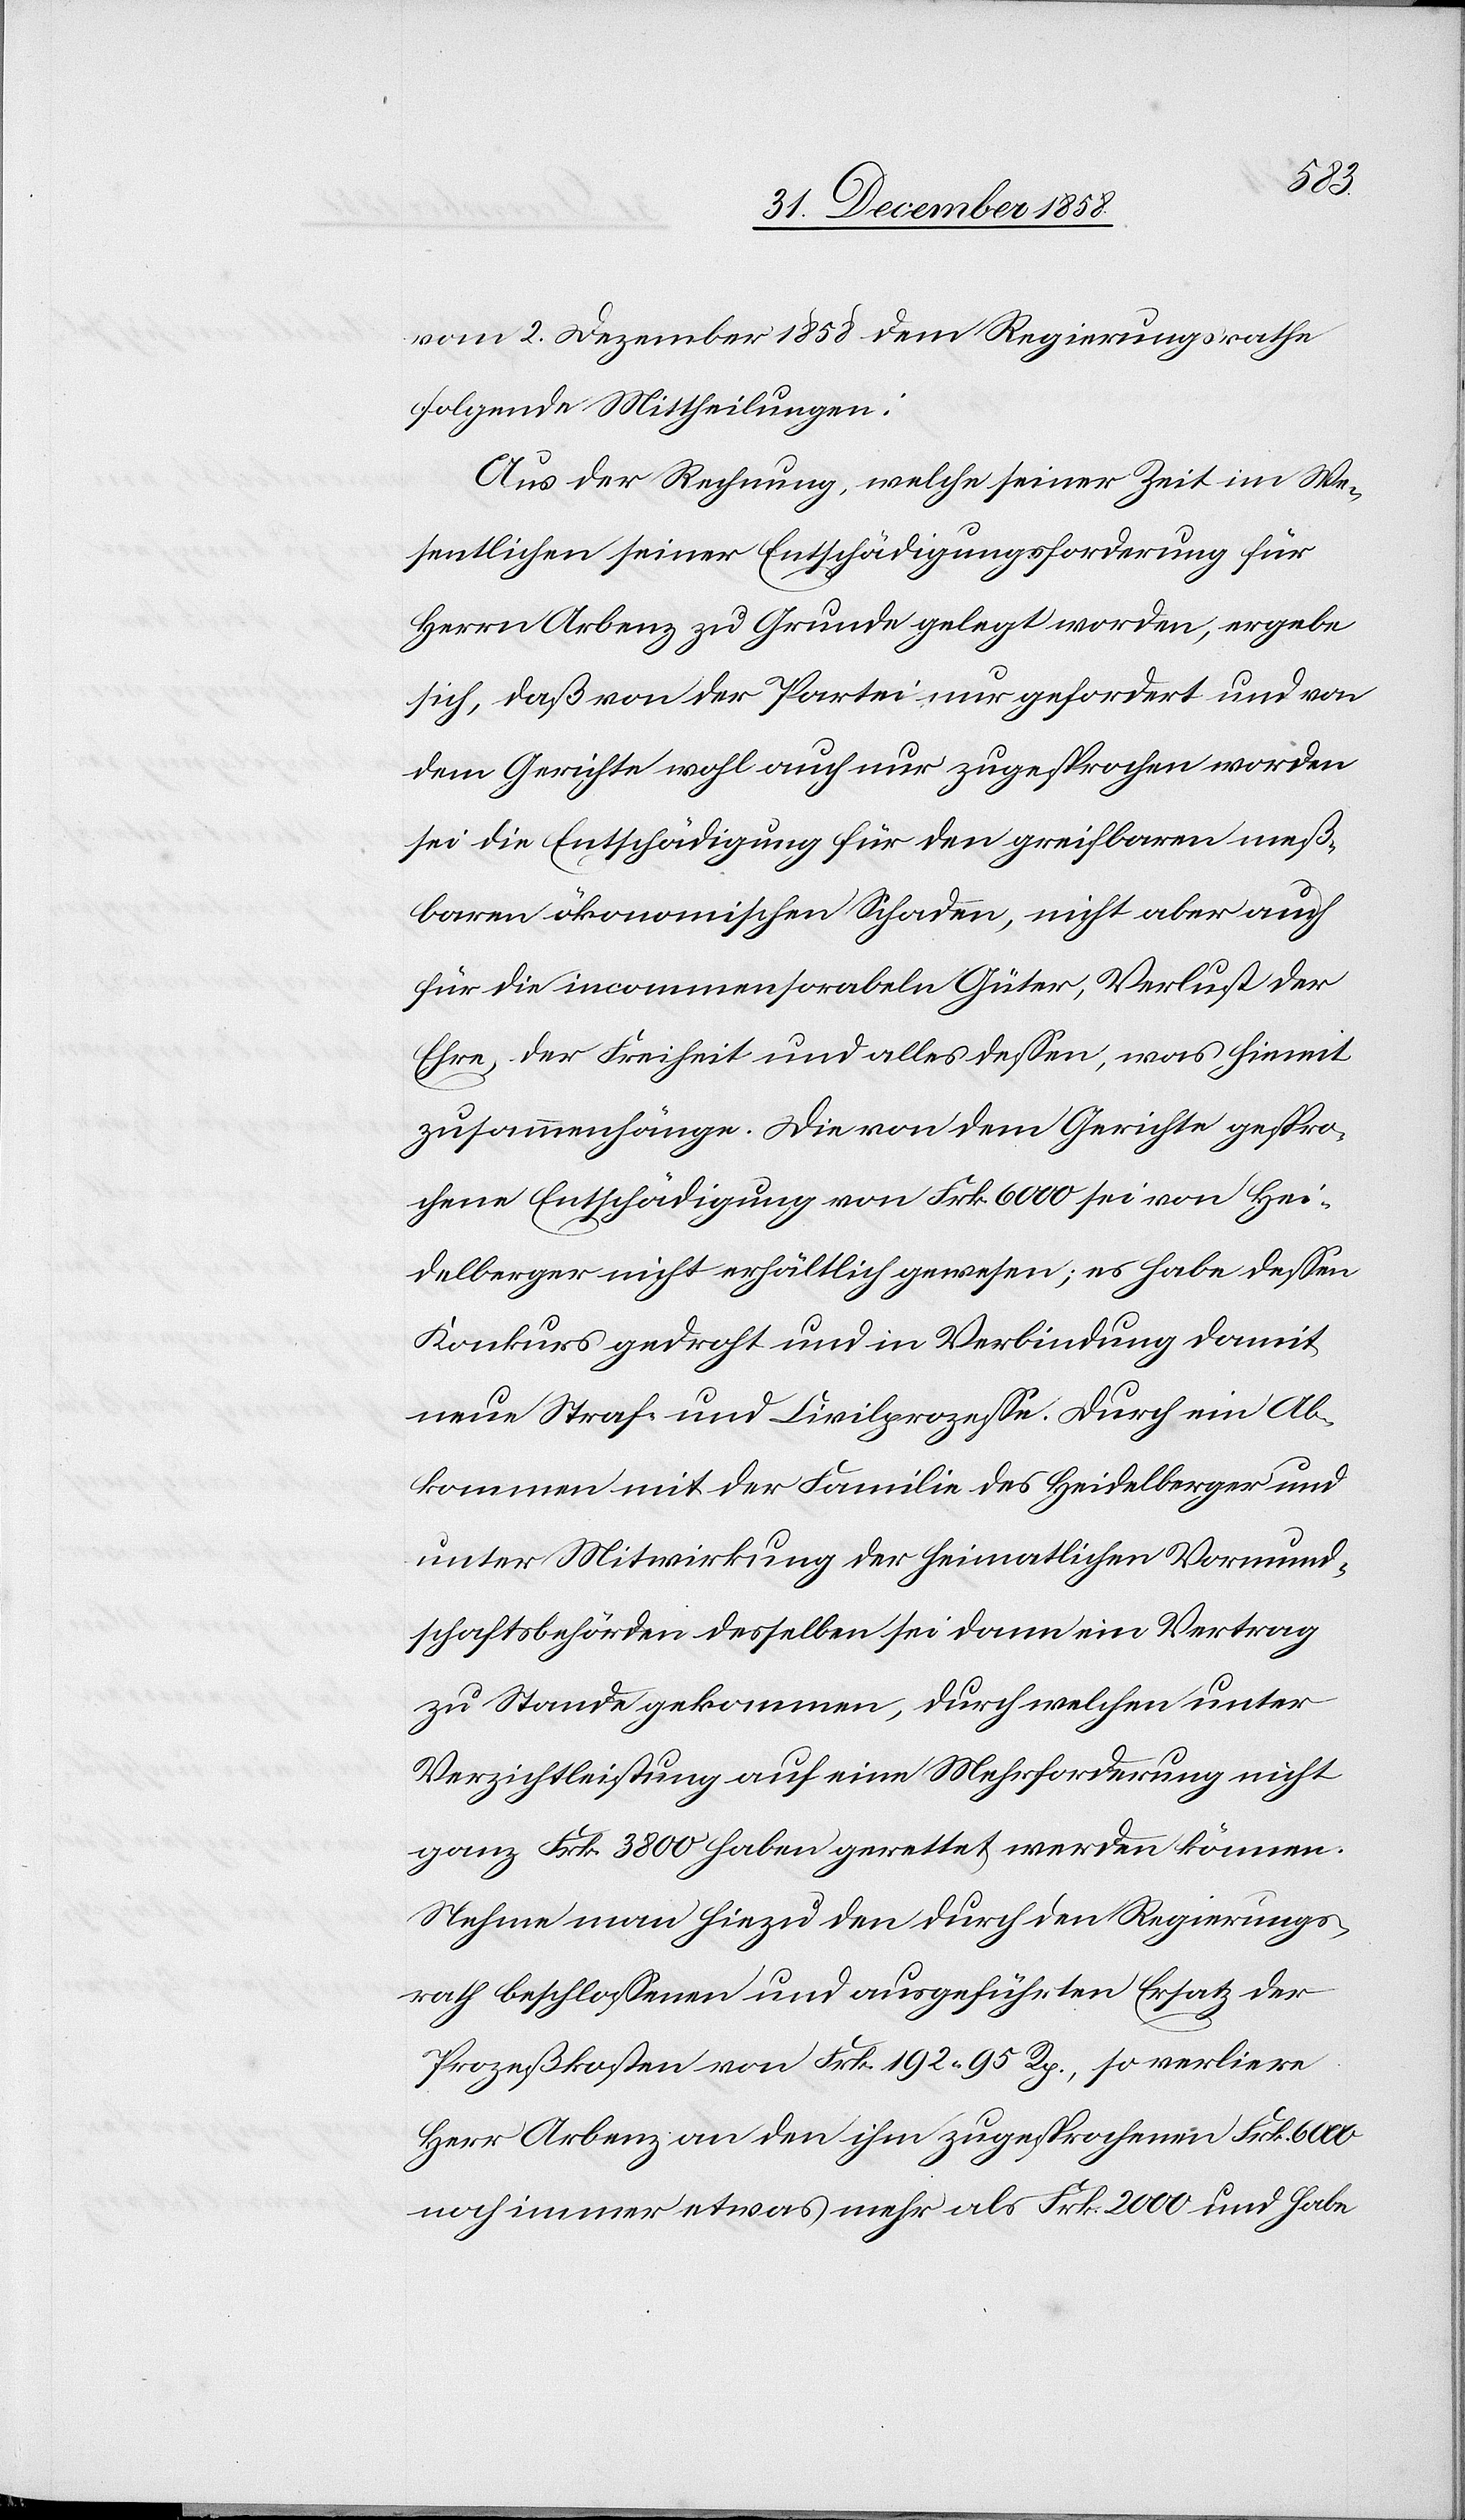
des